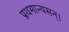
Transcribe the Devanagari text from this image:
प्रथमान्यसन्।